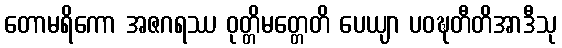
တောမရိကော အဇဂရဿ ဝုတ္တိမတ္တေတိ ပေယျာ ပဝဍ္ဎတီတိအာဒီသု